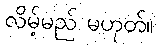
လိမ့်မည် မဟုတ်။